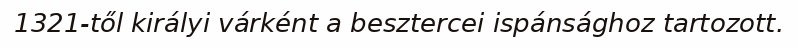
1321-től királyi várként a besztercei ispánsághoz tartozott.